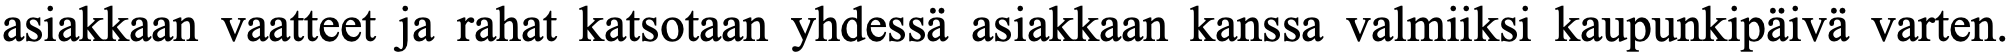
asiakkaan vaatteet ja rahat katsotaan yhdessä asiakkaan kanssa valmiiksi kaupunkipäivä varten.